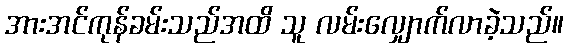
အားအင်ကုန်ခမ်းသည်အထိ သူ လမ်းလျှောက်လာခဲ့သည်။